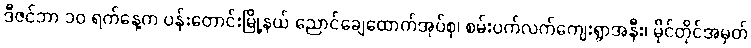
ဒီဇင်ဘာ ၁၀ ရက်နေ့က ပန်းတောင်းမြို့နယ် ညောင်ချေထောက်အုပ်စု၊ စမ်းပက်လက်ကျေးရွာအနီး၊ မိုင်တိုင်အမှတ်